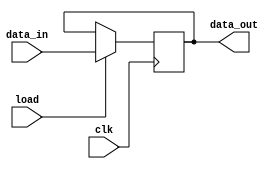
`timescale 1ns / 1ps


module register_with_load(
                            input         clk,
                            input         load,
                            input [15:0]  data_in,
                            output [15:0] data_out
                        );
                        
reg [15:0] data_out_reg;
                     
always@(posedge clk)
    if(load)
        data_out_reg <= data_in;                        
                        
assign data_out = data_out_reg;                        
                        
endmodule